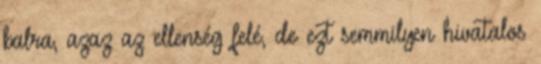
balra, azaz az ellenség felé, de ezt semmilyen hivatalos